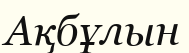
Ақбұлын